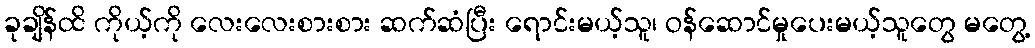
ခုချိန်ထိ ကိုယ့်ကို လေးလေးစားစား ဆက်ဆံပြီး ရောင်းမယ့်သူ၊ ဝန်ဆောင်မှုပေးမယ့်သူတွေ မတွေ့